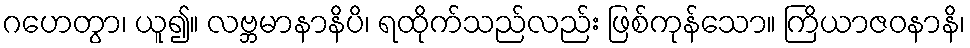
ဂဟေတွာ၊ ယူ၍။ လဗ္ဘမာနာနိပိ၊ ရထိုက်သည်လည်း ဖြစ်ကုန်သော။ ကြိယာဇဝနာနိ၊